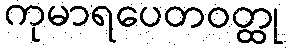
ကုမာရပေတဝတ္ထု